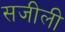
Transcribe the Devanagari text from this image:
सजीली